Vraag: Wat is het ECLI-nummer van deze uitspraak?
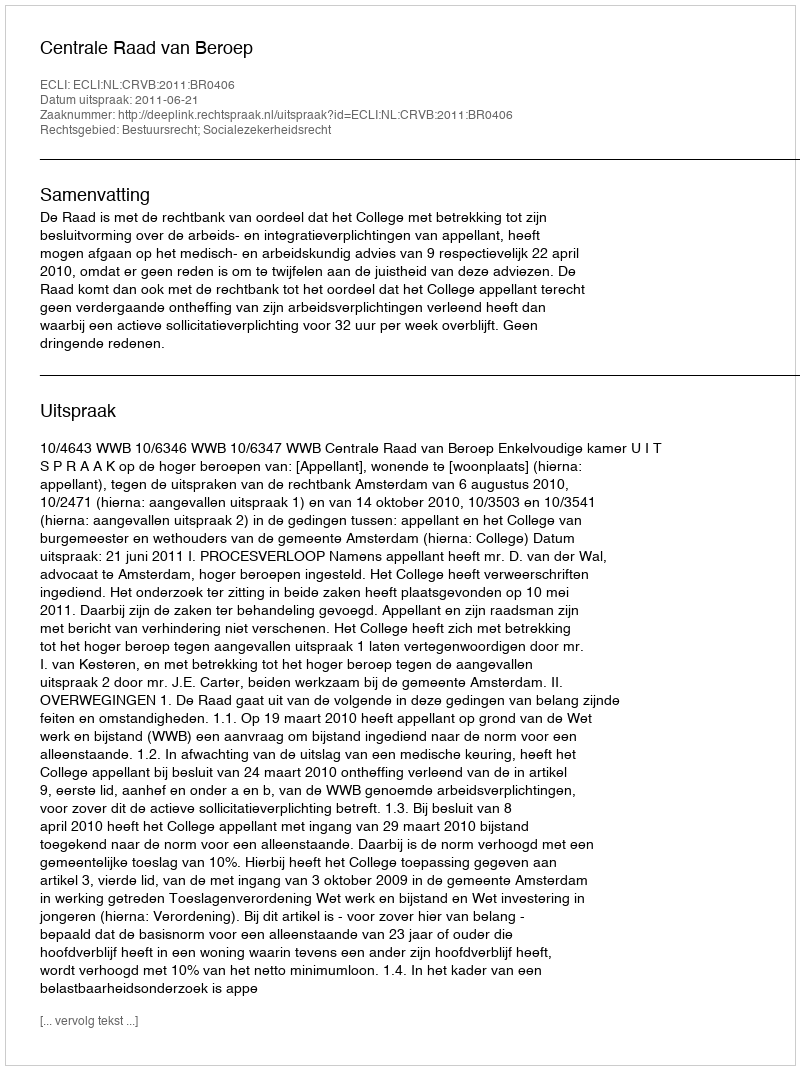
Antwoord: ECLI:NL:CRVB:2011:BR0406